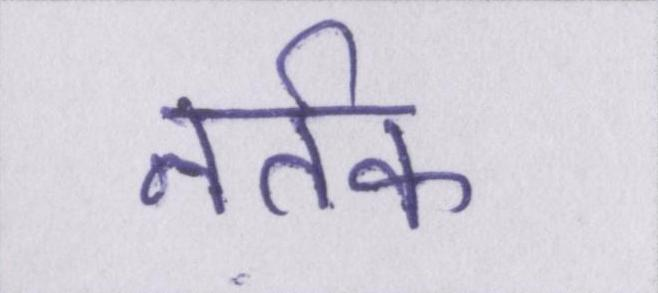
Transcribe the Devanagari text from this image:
नर्तक